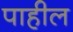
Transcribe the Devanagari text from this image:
पाहील